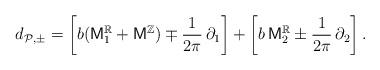
LaTeX: \begin{align*}d_{\mathcal{P},\pm}=\left[b (\mathsf{M}^{\mathbb{R}}_{1} + \mathsf{M}^{\mathbb{Z}}) \mp \frac{1}{2\pi}\,\partial_{1} \right]+\left[ b\, \mathsf{M}^{\mathbb{R}}_{2} \pm \frac{1}{2\pi}\,\partial_{2} \right].\end{align*}